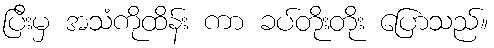
ပြီးမှ အသံကိုထိန်း ကာ ခပ်တိုးတိုး ပြောသည်။